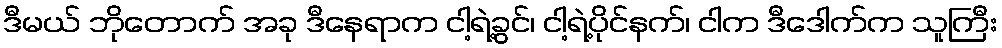
ဒီမယ် ဘိုတောက် အခု ဒီနေရာက ငါ့ရဲ့ခွင်၊ ငါ့ရဲ့ပိုင်နက်၊ ငါက ဒီဒေါက်က သူကြီး